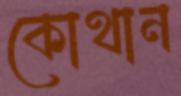
কোথান